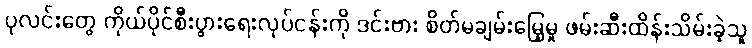
ပုလင်းတွေ ကိုယ်ပိုင်စီးပွားရေးလုပ်ငန်းကို ဒင်းဗား စိတ်မချမ်းမြေ့မှု ဖမ်းဆီးထိန်းသိမ်းခဲ့သူ